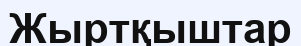
Жыртқыштар